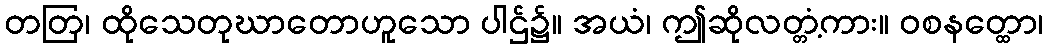
တတြ၊ ထိုသေတုဃာတောဟူသော ပါဌ်၌။ အယံ၊ ဤဆိုလတ္တံ့ကား။ ဝစနတ္ထော၊